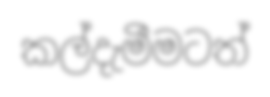
කල්දැමීමටත්